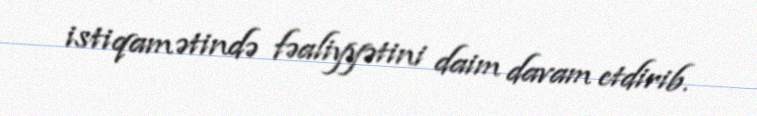
istiqamətində fəaliyyətini daim davam etdirib.